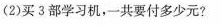
(2)买3部学习机，一共要付多少元?